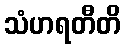
သံဟရတီတိ